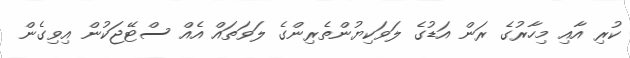
ކުރި އާއި މިހާރުގެ ރަން އަޑުގެ ލަވަކިޔުންތެރިންގެ ލަވަތައް އެއް ސްޓޭޖަކުން އިވިގެން